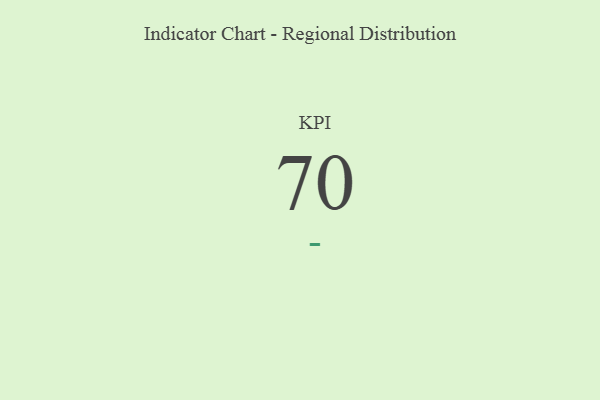
{"axis": {"x": "KPI", "y": "Value"}, "legend": [""], "data": [{"x": "KPI", "y": 70, "type": ""}]}